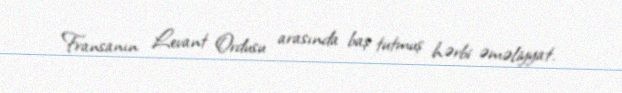
Fransanın Levant Ordusu arasında baş tutmuş hərbi əməliyyat.